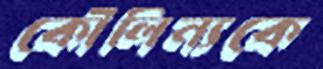
কৌলিন্যকে